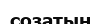
созатын